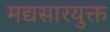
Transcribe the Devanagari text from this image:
मद्यसारयुक्त